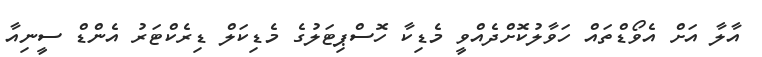
އާލާ އަށް އެވޯޑްތައް ހަވާލުކޮށްދެއްވީ މެޑިކާ ހޮސްޕިޓަލުގެ މެޑިކަލް ޑިރެކްޓަރު އެންޑް ސީނިއާ